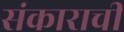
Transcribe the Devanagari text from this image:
संकाराची